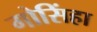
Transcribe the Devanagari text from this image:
गोसिंहा